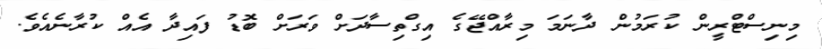
މިނިސްޓްރީން ކުރަމުން ދާނަމަ މިރާއްޖޭގެ އިގްތިސާދަށް ވަރަށް ބޮޑު ފައިދާ އެއް ކުރާނެއެވެ.